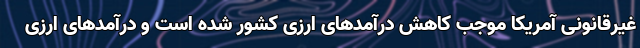
غیرقانونی آمریکا موجب کاهش درآمدهای ارزی کشور شده است و درآمدهای ارزی